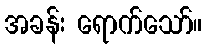
အခန်း ရောက်သော်။